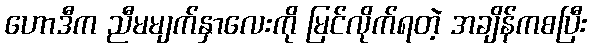
ဟောဒီက ညီမမျက်နှာလေးကို မြင်လိုက်ရတဲ့ အချိန်ကစပြီး